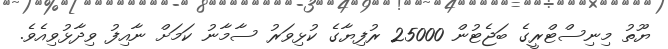
ޔޫތު މިނިސްޓްރީގެ ބަޖެޓުން 25000 ރުފިޔާގެ ކުޅިވަރު ސާމާނު ކަމަށް ނާއިފު ވިދާޅުވިއެވެ.